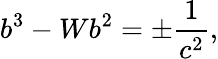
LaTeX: b^{3}-Wb^{2}=\pm\frac{1}{c^{2}},